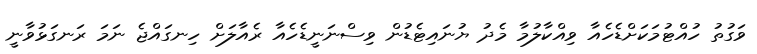
ވަގުތު ހުއްޓުމަކަށްޑެހެއާ ވިއްކާލުމާ މެދު ޔުނައިޓެޑުން ވިސްނަނީޑެހެއާ ރެއާލަށް ހިނގައްޖެ ނަމަ ރަނގަޅުވާނީ